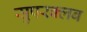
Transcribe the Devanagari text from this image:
सुपरक्लब